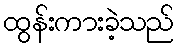
ထွန်းကားခဲ့သည်